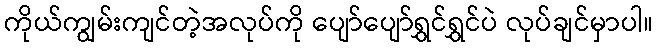
ကိုယ်ကျွမ်းကျင်တဲ့အလုပ်ကို ပျော်ပျော်ရွှင်ရွှင်ပဲ လုပ်ချင်မှာပါ။